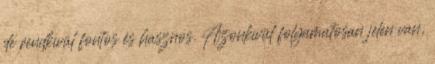
de rendkívül fontos és hasznos. Azonkívül folyamatosan jelen van,